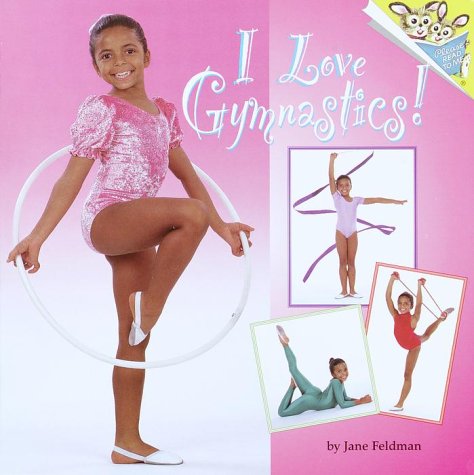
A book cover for I Love Gymnastics!; Jane Feldman; Children's Books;